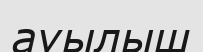
ауылыш